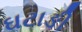
ઘટાઙી